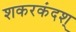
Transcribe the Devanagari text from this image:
शकरकंदश्